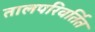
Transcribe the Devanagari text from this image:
तालपरिवर्तित